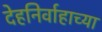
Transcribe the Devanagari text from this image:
देहनिर्वाहाच्या